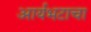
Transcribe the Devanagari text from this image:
आर्यभटाचा